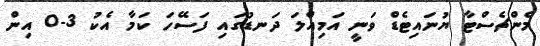
މެންޗެސްޓާ ޔުނައިޓެޑް ވަނީ އަމިއްލަ ދަނޑުގައި ފަސޭހަ ކަމާ އެކު 3-0 އިން